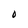
Character: O